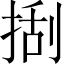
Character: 𢯔